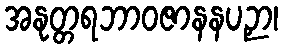
အနုတ္တရဘာဝဇာနနပဉှာ၊